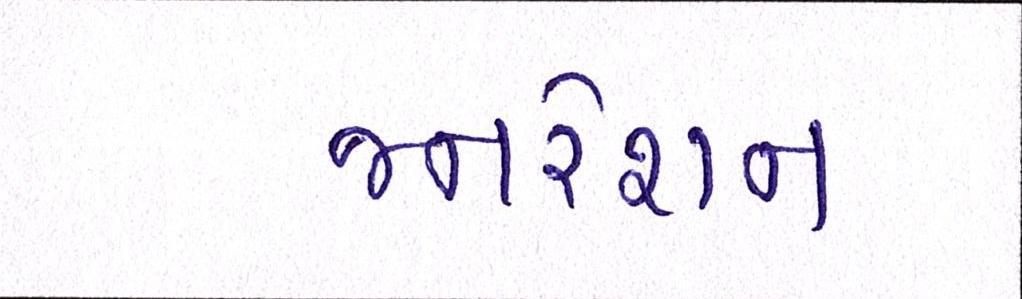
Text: જનરેશન